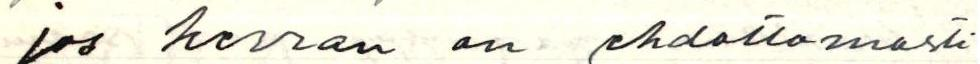
jos kerran on ehdottomasti